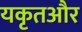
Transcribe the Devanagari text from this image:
यकृतऔर